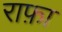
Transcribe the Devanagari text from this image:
राफ़ा